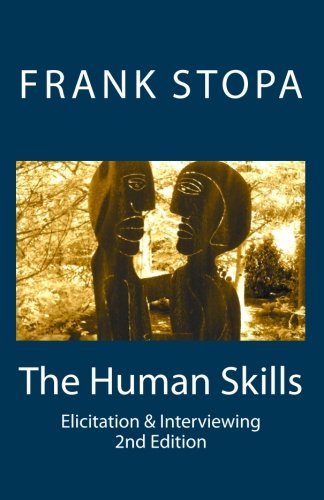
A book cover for The Human Skills: Elicitation & Interviewing (Second Edition); Frank Stopa; Law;